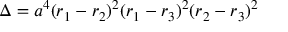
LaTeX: \Delta = a ^ { 4 } ( r _ { 1 } - r _ { 2 } ) ^ { 2 } ( r _ { 1 } - r _ { 3 } ) ^ { 2 } ( r _ { 2 } - r _ { 3 } ) ^ { 2 }